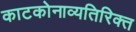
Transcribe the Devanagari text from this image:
काटकोनाव्यतिरिक्त